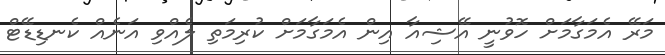
މަރޭ އެމަގާމަށް ހޮވުނީ އޭޝިއާ އިން އެމަގާމަށް ކުރިމަތި ލެއްވި އަނެއް ކެނޑިޑޭޓް